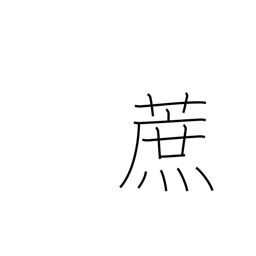
Meaning: sugar cane